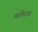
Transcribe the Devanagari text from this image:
मातेरान